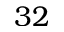
3 2